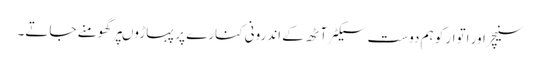
سنیچر اور اتوار کو ہم دوست سیکٹر آٹھ کے اندرونی کنارے پر پہاڑوںپر گھومنے جاتے۔